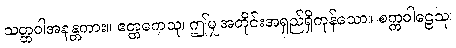
သတ္တဝါအနန္တကား။ ဧတ္တကေသု၊ ဤမျှအတိုင်းအရှည်ရှိကုန်သော။ စက္ကဝါဠေသု၊